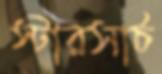
স্টারসার্চ